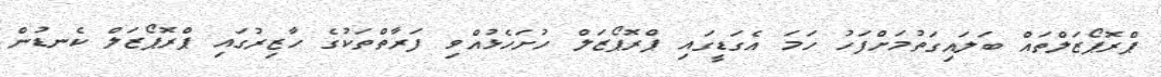
ޕްރޮޕޯޒަލްތައް ބަލައިގަތުމަށްފަހު ހަމަ އެގަޑީގައި ޕްރޮޕޯޒަލް ހުށަހެޅުއްވި ފަރާތްތަކުގެ ހާޒިރުގައި ޕްރޮޕޯޒަލް ކެނޑުން